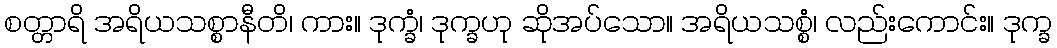
စတ္တာရိ အရိယသစ္စာနီတိ၊ ကား။ ဒုက္ခံ၊ ဒုက္ခဟု ဆိုအပ်သော။ အရိယသစ္စံ၊ လည်းကောင်း။ ဒုက္ခ